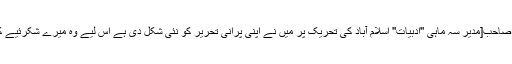
محمدعاصم بٹ صاحب[مدیر سہ ماہی ''ادبیات'' اسلام آباد کی تحریک پر میں نے اپنی پرانی تحریر کو نئی شکل دی ہے اس لیے وہ میرے شکرئیے کے مستحق ہیں۔